Preliminary report on the killing of rats and rat fleas by hydrocyanic acid gas - Number 38
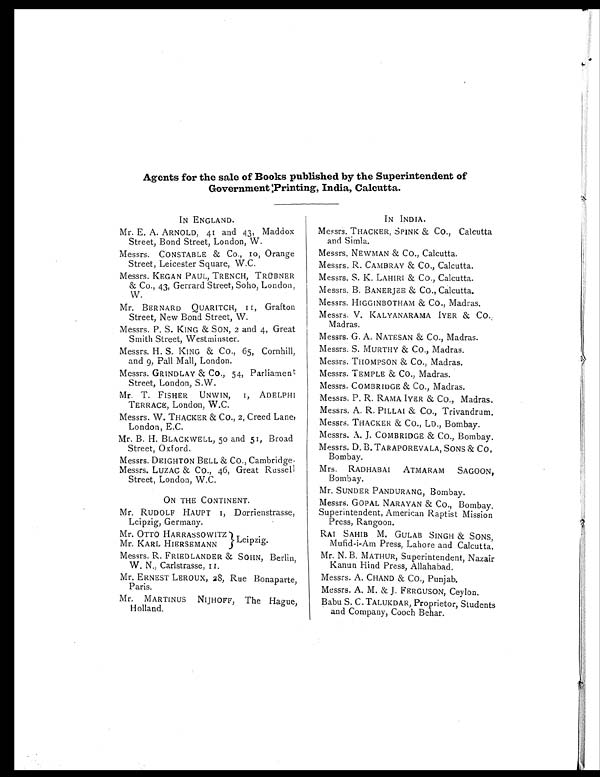
Agents for the sale of Books published by the Superintendent of
Government;Printing, India, Calcutta.
IN ENGLAND.
Mr. E. A. ARNOLD, 41 and 43, Maddox
Street, Bond Street, London, W.
Messrs. CONSTABLE & Co., 10, Orange
Street, Leicester Square, W.C.
Messrs. KEGAN PAUL, TRENCH, TRÜBNER
& Co., 43, Gerrard Street, Soho, London,
W.
Mr. BERNARD QUARITCH, II, Grafton
Street, New Bond Street, W.
Messrs. P. S. KING & SON, 2 and 4, Great
Smith Street, Westminster.
Messrs. H. S. KING & Co., 65, Cornhill,
and 9, Pall Mall, London.
Messrs. GRINDLAY & CO., 54, Parliament
Street, London, S.W.
Mr. T. FISHER UNWIN, I, ADELPHI
TERRACE, London, W.C.
Messrs. W. THACKER & Co., 2, Creed Lane,
London, E.C.
Mr. B. H. BLACKWELL, 50 and 51, Broad
Street, Oxf ord.
Messrs. DEIGHTON BELL & CO., Cambridge.
Messrs. LUZAC & CO., 46, Great Russell
Street, London, W.C.
ON THE CONTINENT.
Mr. RUDOLF HAUPT I, Dorrienstrasse,
Leipzig, Germany.
Mr. OTTO HARRASSOWITZ
Mr. KARL HIERSE1ANN
Messrs. R. FRIEDLANDER & SOHN, Berlin,
W. N., Carlstrasse, II
Mr. ERNEST LEROUX, 28, Rue Bonaparte,
Paris.
Mr. MARTINUS NIJHOFF, The Hague,
Holland.
IN INDIA.
Messrs. THACKER, SPINK & CO., Calcutta
and Simla.
Messrs. NEWMAN & CO., Calcutta.
Messrs. R. CAMBRAY & CO., Calcutta.
Messrs. S. K. LAHIRI & CO., Calcutta.
Messrs. B. BANERJEE & Co., Calcutta.
Messrs. HIGGINBOTHAM & CO., Madras.
Messrs. V. KALYANARAMA IYER & CO.;
Madras.
Messrs. G. A. NATESAN & CO., Madras.
Messrs. S. MURTHY & Co., Madras.
Messrs. THOMPSON & CO., Madras.
Messrs. TEMPLE & CO., Madras.
Messrs. COMBRIDGE & CO., Madras.
Messrs. P. R. RAMA IYER & Co., Madras.
Messrs. A. R. PILLAI & CO., Trivandrum.
Messrs. THACKER & Co., LD., Bombay.
Messrs. A. J. COMBRIDGE & CO., Bombay.
Messrs. D. B. TARAPOREVALA, SONS & CO,
Bombay.
Mrs. RADHABAI ATMARAM SAGOON,
Bombay.
Mr. SUNDER PANDURANG, Bombay.
Messrs. GOPAL NARAYAN & CO., Bombay.
Superintendent, American Raptist Mission
Press, Rangoon.
RAI SAHIB M. GULAB SINGH & SONS,
Mufid-i-Am Press, Lahore and Calcutta.
Mr. N. B. MATHUR, Superintendent, Nazair
Kanun Hind Press, Allahabad.
Messrs. A. CHAND & CO., Punjab.
Messrs. A. M. & J. FERGUSON, Ceylon.
Babu S. C. TALUKDAR, Proprietor, Students
and Company, Cooch Behar.
Leipzig.